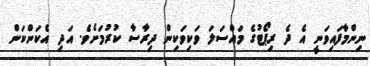
ނިންމާފައިވަނީ އެ ދެ ރިޕޯޓުގެ މައްސަލަ ވަކިވަކިން ދިރާސާ ކުރުމަށެވެ. އަދި އެކަންކަން